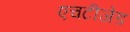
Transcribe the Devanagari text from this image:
एचटीजेड